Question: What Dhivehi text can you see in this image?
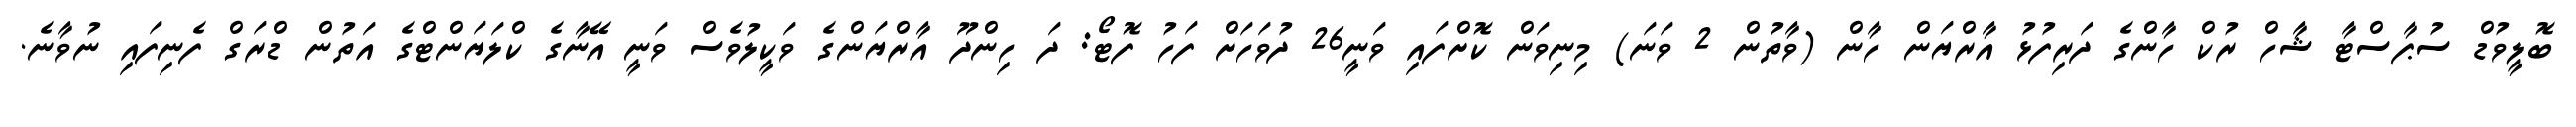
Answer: ބޮލީވުޑް ސުޕާސްޓާ ޝާހް ރުކް ހާންގެ ދަރިފުޅު އާރްޔަން ހާން (ވާތުން 2 ވަނަ) މިނިވަން ކޮށްފައި ވަނީ26 ދުވަހަށް ފަހު ފޮޓޯ: ދަ ހިންދޫ އާރްޔަންގެ ވަކީލުވެސް ވަނީ އޭނާގެ ކްލަޔަންޓްގެ އަތުން ޑްރަގް ފެނިފައި ނުވާނެ.